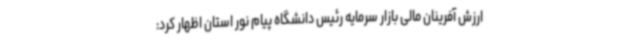
ارزش آفرینان مالی بازار سرمایه رئیس دانشگاه پیام نور استان اظهار کرد: